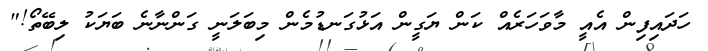
ހަދައިފިން އެއީ މާވަހަރެއް ކަން ޔަގީން އަޅުގަނޑުމެން މިބަލަނީ ގަންނާނެ ބަޔަކު ލިބޭތޯ!"